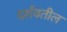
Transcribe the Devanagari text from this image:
दर्शवतील